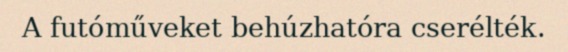
A futóműveket behúzhatóra cserélték.